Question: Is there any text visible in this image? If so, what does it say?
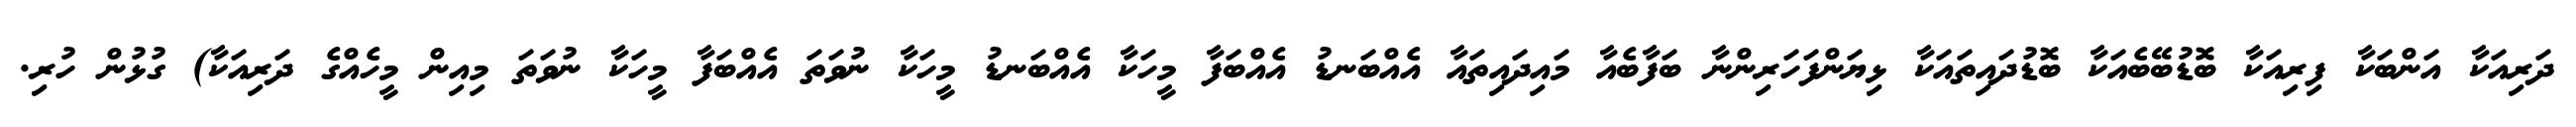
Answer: ދަރިއަކާ އަންބަކާ ފިރިއަކާ ބޮޑުބޭބެއަކާ ބޮޑުދައިތައަކާ ޅިޔަންފަހަރިންނާ ބަފާބެއާ މައިދައިތައާ އެއްބަނޑު އެއްބަފާ މީހަކާ އެއްބަނޑު މީހަކާ ނުވަތަ އެއްބަފާ މީހަކާ ނުވަތަ މިއިން މީހެއްގެ ދަރިއަކާ) ގުޅުން ހުރި.